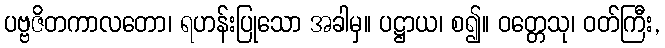
ပဗ္ဗဇိတကာလတော၊ ရဟန်းပြုသော အခါမှ။ ပဋ္ဌာယ၊ စ၍။ ဝတ္တေသု၊ ဝတ်ကြီး,